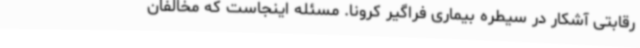
رقابتی آشکار در سیطره بیماری فراگیر کرونا. مسئله اینجاست که مخالفان